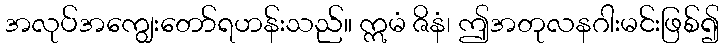
အလုပ်အကျွေးတော်ရဟန်းသည်။ ဣမံ ဇိနံ၊ ဤအတုလနဂါးမင်းဖြစ်၍